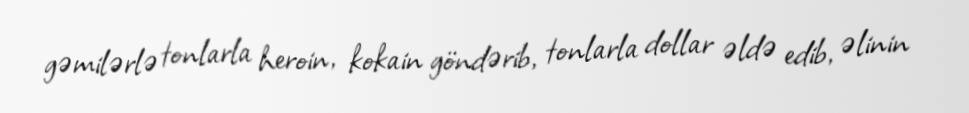
gəmilərlə tonlarla heroin, kokain göndərib, tonlarla dollar əldə edib, əlinin